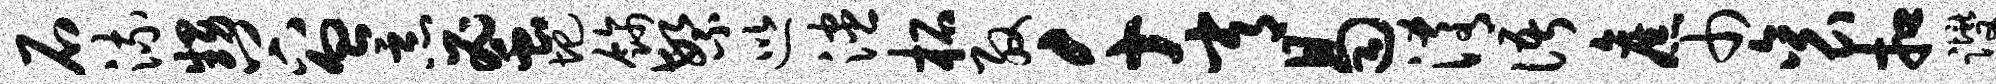
石流甥谷血恶蜜圯饰繁巡漶柘殷千常曷淆语旧巾衮扣躞